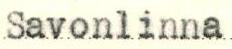
Savonlinna